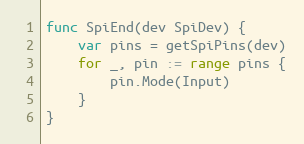
Language: Go
func SpiEnd(dev SpiDev) {
	var pins = getSpiPins(dev)
	for _, pin := range pins {
		pin.Mode(Input)
	}
}